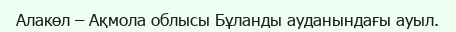
Алакөл – Ақмола облысы Бұланды ауданындағы ауыл.